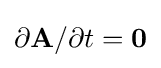
\partial {\mathbf {A} }/\partial t=\mathbf {0}